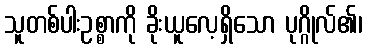
သူတစ်ပါးဥစ္စာကို ခိုးယူလေ့ရှိသော ပုဂ္ဂိုလ်၏၊